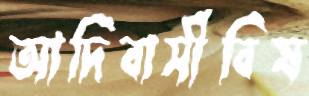
আদিবাসীবিষ